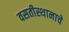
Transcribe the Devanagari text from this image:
वसतीस्थानाचे